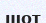
шот